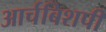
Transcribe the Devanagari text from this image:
आर्चबिशपी